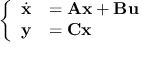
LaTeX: \left\{ \begin{array} { l l } { { \dot { \mathbf { x } } } } & { = \mathbf { A } \mathbf { x } + \mathbf { B } \mathbf { u } } \\ { \mathbf { y } } & { = \mathbf { C } \mathbf { x } } \end{array} \right.